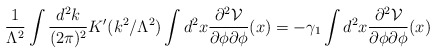
\begin{align*} \frac{1}{\Lambda^2}\int \frac{d^2k}{(2\pi)^2}K'(k^2/\Lambda^2)\int d^2x\frac{\partial^2 {\cal V}}{\partial \phi\partial \phi}(x)=-\gamma_1\int d^2x\frac{\partial^2 {\cal V}}{\partial \phi\partial \phi}(x)\end{align*}